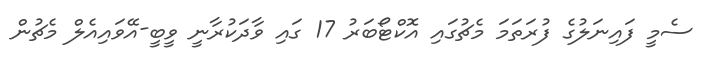
ސެމީ ފައިނަލުގެ ފުރަތަމަ މެޗުގައި އޮކްޓޯބަރު 17 ގައި ވާދަކުރާނީ ވީބީ-އޭވައިއެލް މެޗުން